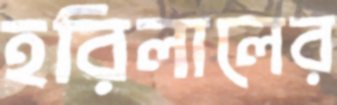
হরিলালের